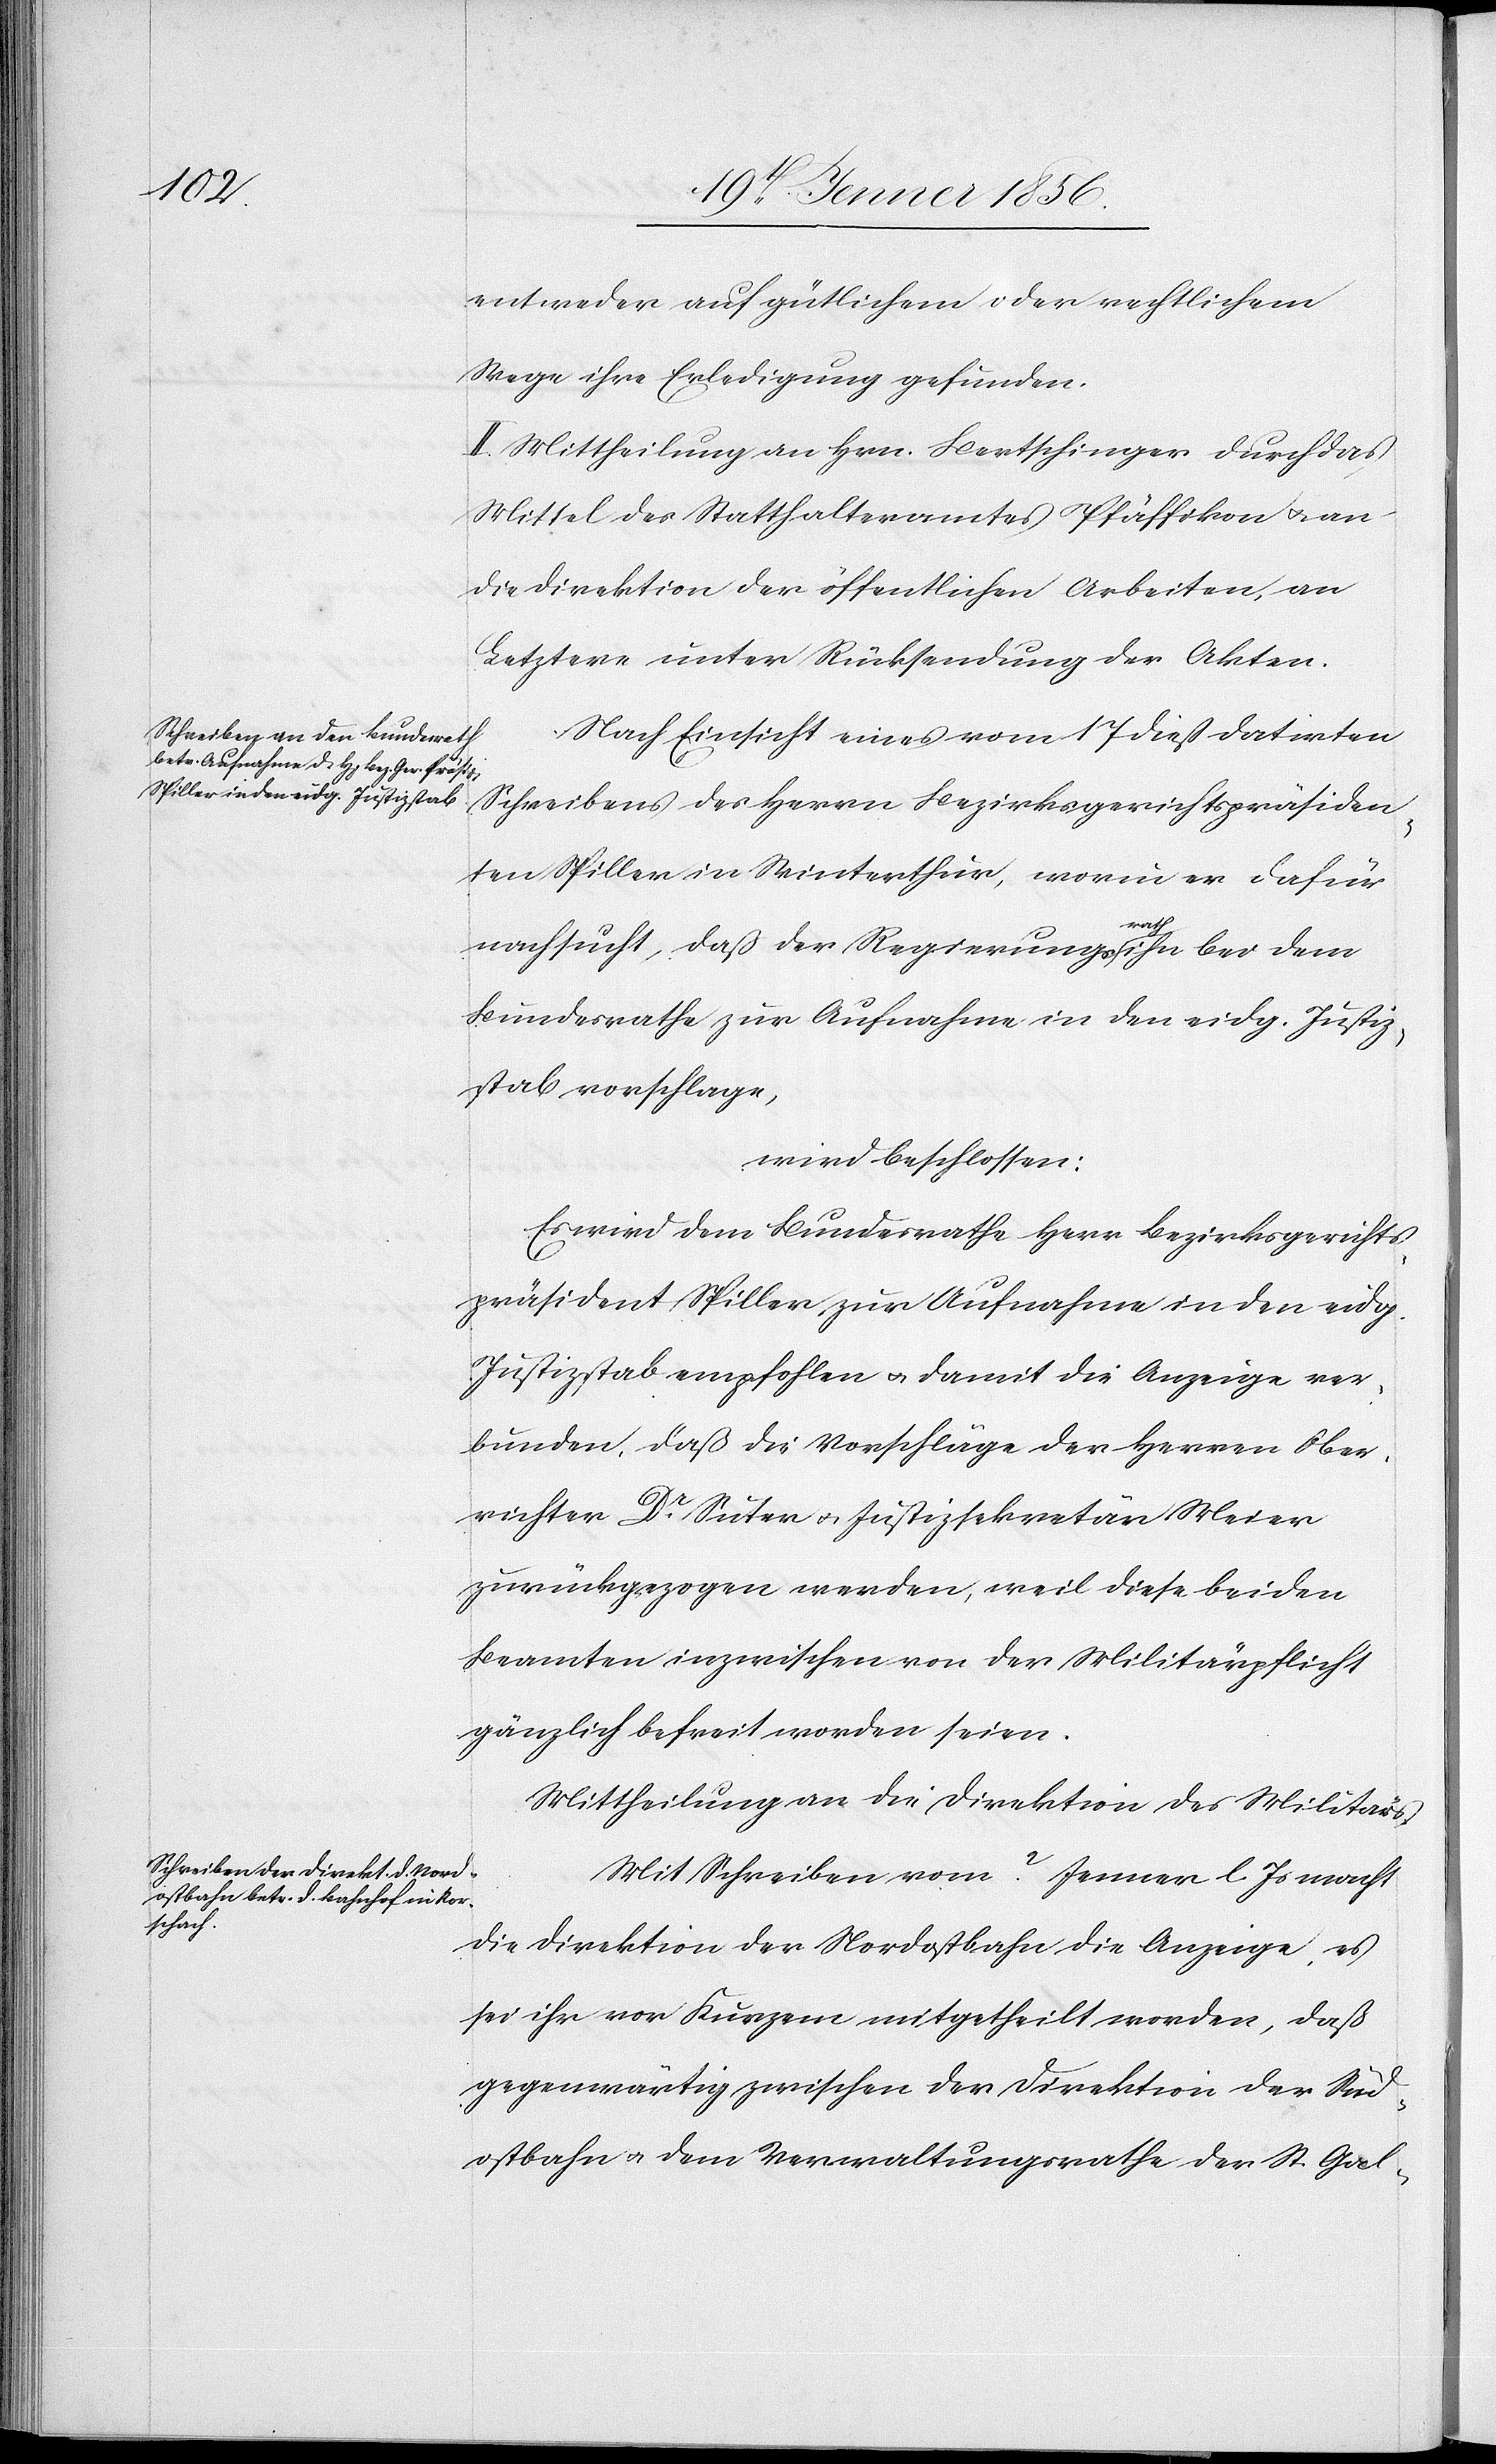
entweder auf gütlichem oder rechtlichem
Wege ihre Erledigung gefunden.
II. Mittheilung an Hrn. Bertschinger durch das
Mittel des Statthalteramtes Pfäffikon u. an
die Direktion der öffentlichen Arbeiten, an
Letztere unter Rücksendung der Akten.
Nach Einsicht eines vom 17 dieß datirten
Schreibens der Herrn Bezirksgerichtspräsiden¬
ten Spiller in Winterthur, worin er dafür
nachsucht, daß der Regierungasratha ihn bei dem
Bundesrathe zur Aufnahme in den eidg. Justiz¬
stab vorschlage,
wird beschlossen:
Es wird dem Bundesrathe Herr Bezirksgerichts¬
präsident Spiller zur Aufnahme in den eidg.
Justizstab empfohlen u. damit die Anzeige ver¬
bunden, daß die Vorschläge der Herren Ober¬
richter Dr. Suter u. Justizsekretär Meier
zurückgezogen werden, weil diese beiden
Beamten inzwischen von der Militärpflicht
gänzlich befreit worden seien.
Mittheilung an die Direktion des Militärs.
Mit Schreiben vom 2 Jenner l. Js macht
die Direktion der Nordostbahn die Anzeige, es
sei ihr vor Kurzem mitgetheilt worden, daß
gegenwärtig zwischen der Direktion der Süd¬
ostbahn u. dem Verwaltungsrathe der St. Gal-